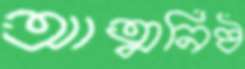
আত্মনিষ্ঠ